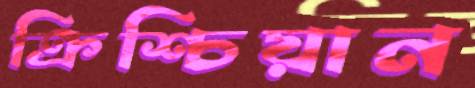
ক্রিশ্চিয়ান